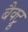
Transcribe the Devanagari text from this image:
बैक्ट्रू